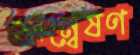
অন্বেষণ